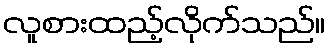
လူစားထည့်လိုက်သည်။